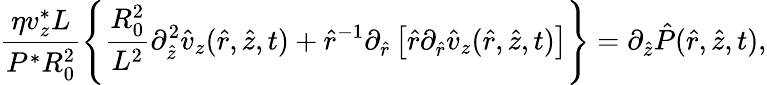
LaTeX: \frac{\eta v_{z}^{*}L}{P^{*}R_{0}^{2}}\left\{ \frac{R_{0}^{2}}{L^{2}}\partial_{\hat{z}}^{2}\hat{v}_{z}(\hat{r},\hat{z},t)+\hat{r}^{-1}\partial_{\hat{r}}\left[\hat{r}\partial_{\hat{r}}\hat{v}_{z}(\hat{r},\hat{z},t)\right]\right\} =\partial_{\hat{z}}\hat{P}(\hat{r},\hat{z},t),